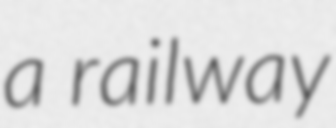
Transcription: a railway